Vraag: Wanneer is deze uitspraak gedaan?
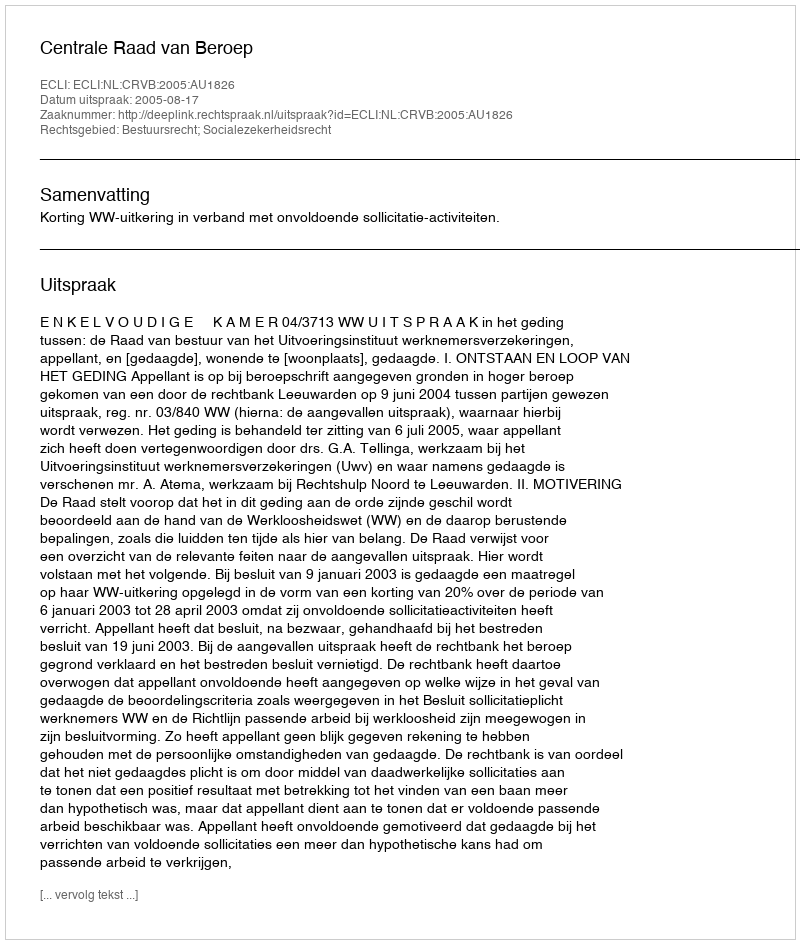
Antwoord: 2005-08-17